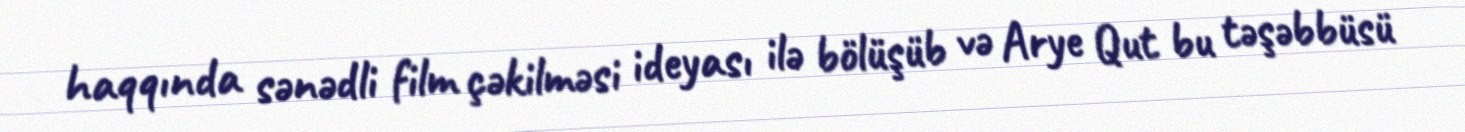
haqqında sənədli film çəkilməsi ideyası ilə bölüşüb və Arye Qut bu təşəbbüsü